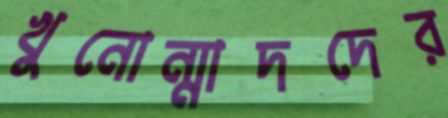
খুনোন্মাদদের